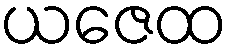
ယဇေထ